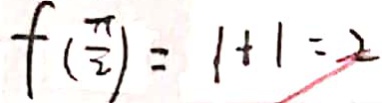
f ( \frac { \pi } { 2 } ) = 1 + 1 = 2